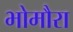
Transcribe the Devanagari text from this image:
भोमौरा